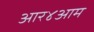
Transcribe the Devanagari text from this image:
आर४आम